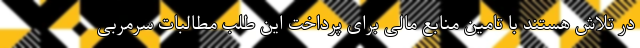
در تلاش هستند با تامین منابع مالی برای پرداخت این طلب مطالبات سرمربی